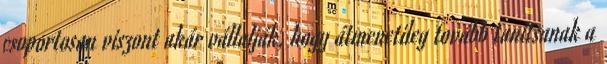
csoportosan viszont akár vállalják, hogy átmenetileg tovább tanítsanak a